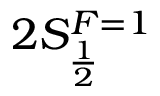
2 S _ { \frac { 1 } { 2 } } ^ { F = 1 }